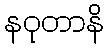
နဝုတာနိ